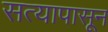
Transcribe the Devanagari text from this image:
सत्यापासून